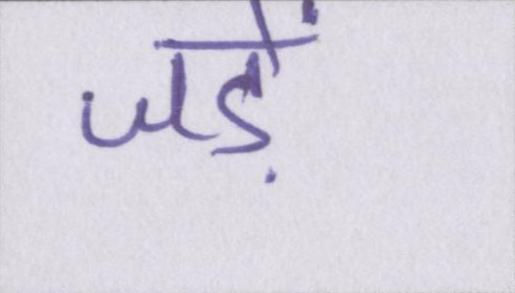
जड़ें